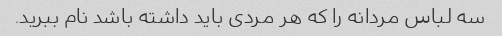
سه لباس مردانه را که هر مردی باید داشته باشد نام ببرید.